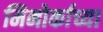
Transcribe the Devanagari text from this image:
मिनोर्काच्या